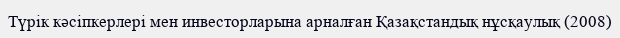
Түрік кәсіпкерлері мен инвесторларына арналған Қазақстандық нұсқаулық (2008)